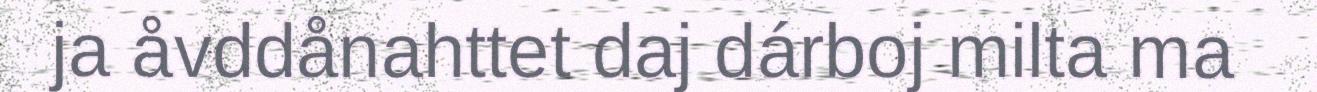
ja åvddånahttet daj dárboj milta ma